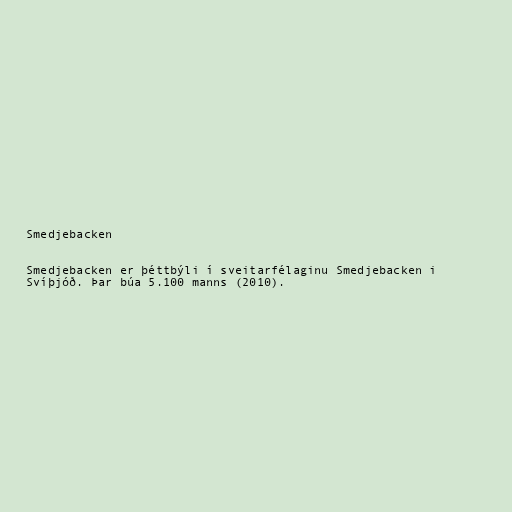
Smedjebacken

Smedjebacken er þéttbýli í sveitarfélaginu Smedjebacken i
Svíþjóð. Þar búa 5.100 manns (2010).